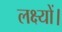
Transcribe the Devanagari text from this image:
लक्ष्यों।